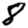
Digit: 8